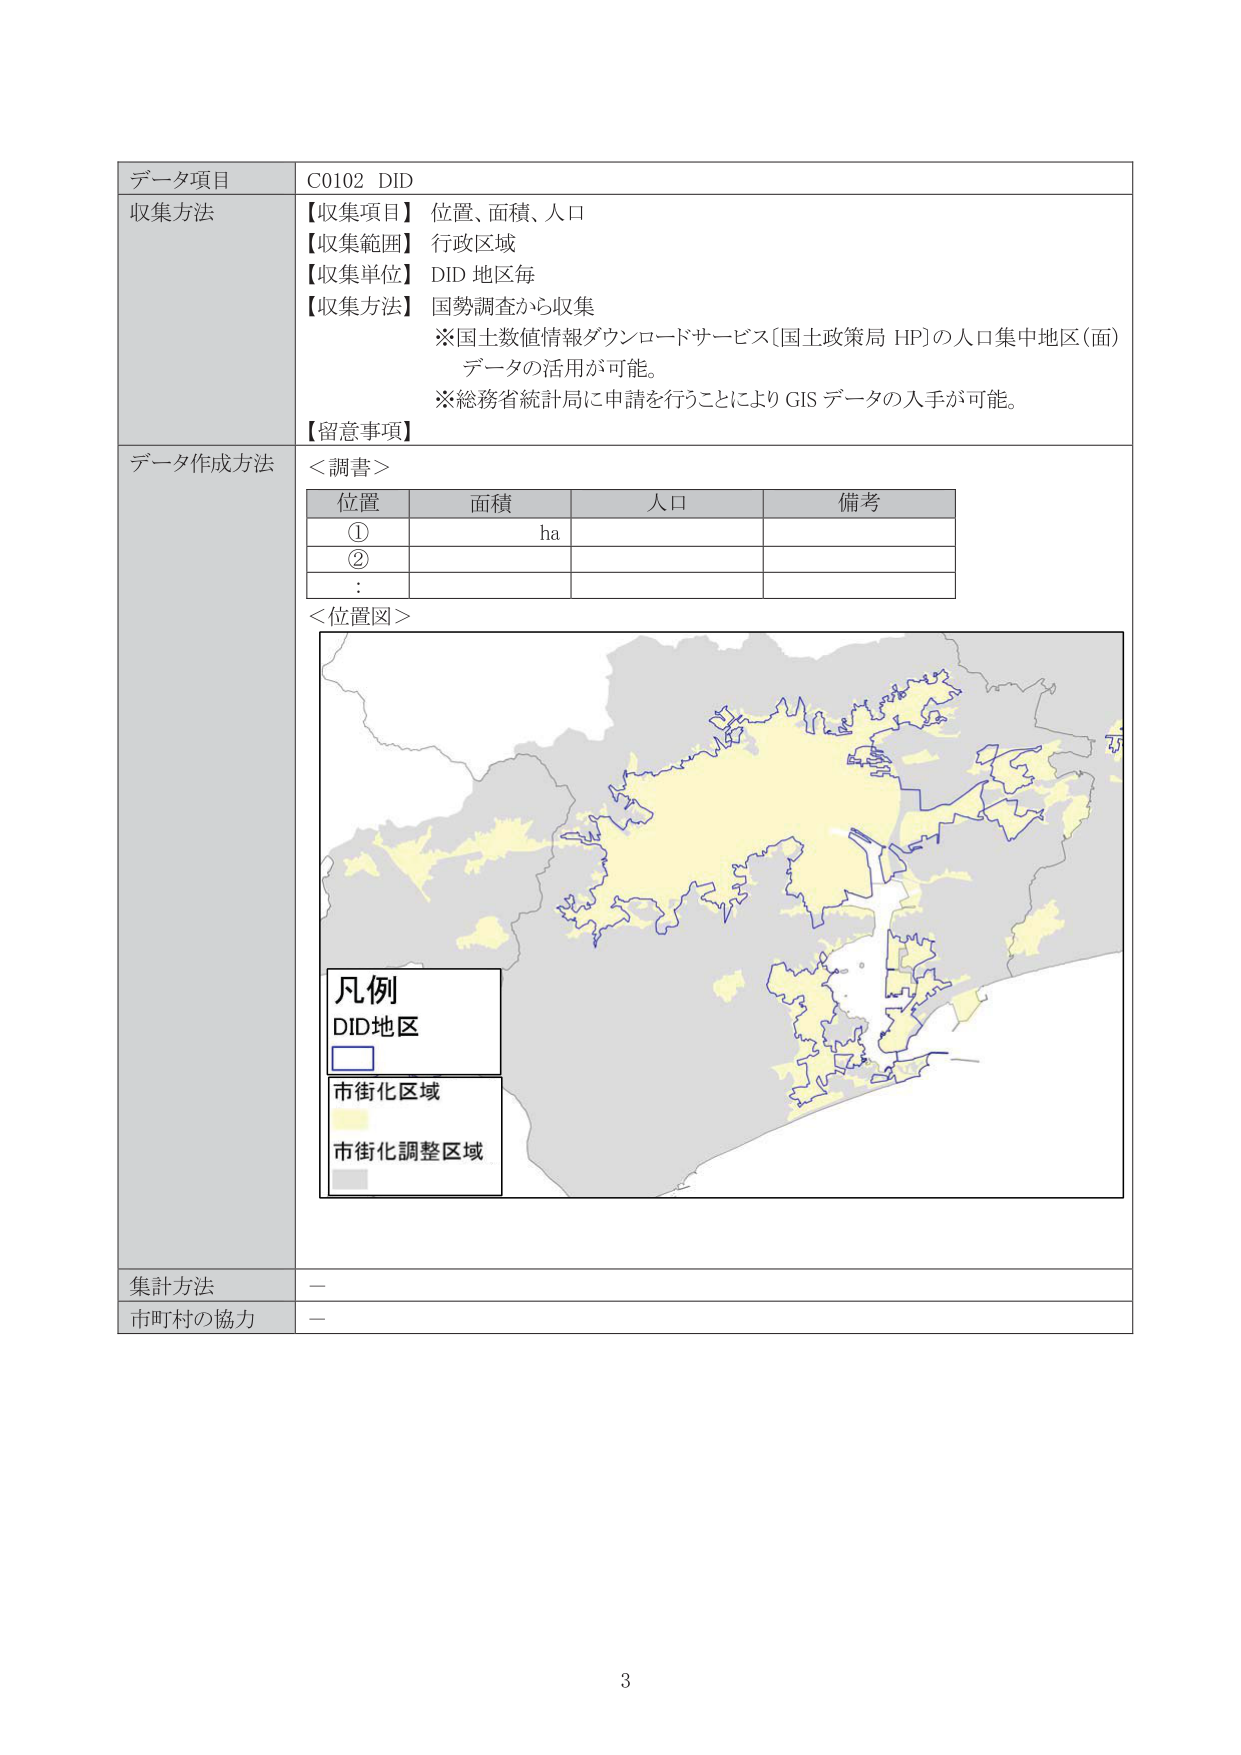
データ項目 C0102 DID
収集方法
【収集項目】 位置、面積、人口
【収集範囲】 行政区域
【収集単位】 DID 地区毎
【収集方法】 国勢調査から収集
※国土数値情報ダウンロードサービス（国土政策局 HP）の人口集中地区（面）データの活用が可能。
※総務省統計局に申請を行うことにより GIS データの入手が可能。
【留意事項】

データ作成方法
＜調書＞
位置 面積 人口 備考
① ha
②
:

＜位置図＞
凡例
DID地区
□
市街化区域
■
市街化調整区域
■

集計方法 —
市町村の協力 —

3